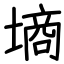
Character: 墒